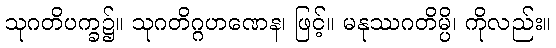
သုဂတိပက္ခ၌။ သုဂတိဂ္ဂဟဏေန၊ ဖြင့်။ မနုဿဂတိမ္ပိ၊ ကိုလည်း။